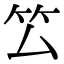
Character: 𥫛